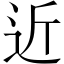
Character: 近